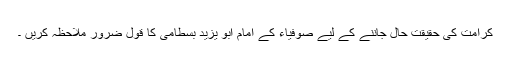
کرامت کی حقیقت حال جاننے کے لیے صوفیاء کے امام ابو یزید بسطامی کا قول ضرور ملاحظہ کریں ۔